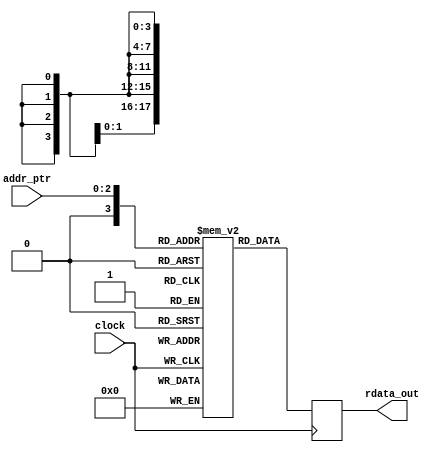
// (C) 2001-2018 Intel Corporation. All rights reserved.
// Your use of Intel Corporation's design tools, logic functions and other 
// software and tools, and its AMPP partner logic functions, and any output 
// files from any of the foregoing (including device programming or simulation 
// files), and any associated documentation or information are expressly subject 
// to the terms and conditions of the Intel Program License Subscription 
// Agreement, Intel FPGA IP License Agreement, or other applicable 
// license agreement, including, without limitation, that your use is for the 
// sole purpose of programming logic devices manufactured by Intel and sold by 
// Intel or its authorized distributors.  Please refer to the applicable 
// agreement for further details.


// 
// This ROM stores the address offset and bitmask for GXB RX that needs reconfig
//
// addr_ofst - the address offset that needs reconfig
// field_bitmask - the bit that needs reconfig (eg. 8'h40 means only bit 6 needs reconfig)
//
module mr_rom_rx_dprioaddr_bitmask #(
    parameter ROM_SIZE        = 18, // number of bits per rom address - [17:8] address offset, [7:0] field bitmask   
    parameter TOTAL_ROM_DEPTH = 16, // ROM_DEPTH_FOR_EACH_MIF_RANGE - total attributes that needs reconfig
    parameter ADDR_WIDTH      = 3   // alt_clogb2(7)
) (
    input  wire                  clock,
    input  wire [ADDR_WIDTH-1:0] addr_ptr,
    output wire [ROM_SIZE-1:0]   rdata_out
);

reg  [ROM_SIZE-1:0]   ROM [0:TOTAL_ROM_DEPTH-1];
wire [ROM_SIZE-1:0]   DATAA = {ROM_SIZE{1'b0}};
wire [ADDR_WIDTH-1:0] RADDR;

// **** PERL SCIPT TO GENERATE BEGIN **** //   
initial begin
            // ADDR_OFST, FIELD_BITMASK
    ROM[ 0] <= {10'h132, 8'h05}; // [2] cdr_pll_set_cdr_vco_speed_fix, [0] cdr_pll_set_cdr_vco_speed_fix
    ROM[ 1] <= {10'h134, 8'h40}; // [6] cdr_pll_set_cdr_vco_speed_fix
    ROM[ 2] <= {10'h135, 8'h4F}; // [6] cdr_pll_set_cdr_vco_speed_fix, [3:2] cdr_pll_lf_resistor_pd, [1:0] cdr_pll_lf_resistor_pfd
    ROM[ 3] <= {10'h136, 8'h0F}; // [3:0] cdr_pll_set_cdr_vco_speed_fix
    ROM[ 4] <= {10'h137, 8'h7C}; // [6:2] cdr_pll_set_cdr_vco_speed
    ROM[ 5] <= {10'h139, 8'h87}; // [7] cdr_pll_pd_fastlock_mode, [2:0] cdr_pll_chgpmp_current_pfd
    ROM[ 6] <= {10'h13A, 8'hFF}; // [7:6] cdr_pll_fref_clklow_div, [5:3] cdr_pll_pd_l_counter, [2:0] cdr_pll_pfd_l_counter
    ROM[ 7] <= {10'h13B, 8'hFF}; // [7:0] cdr_pll_m_counter
    ROM[ 8] <= {10'h13C, 8'h0C}; // [3:2] cdr_pll_n_counter
    ROM[ 9] <= {10'h033, 8'h0F}; // Backup: {10'h04C, 8'h70}; 
    ROM[10] <= {10'h038, 8'hFF};
    ROM[11] <= {10'h037, 8'hFF};
    ROM[12] <= {10'h036, 8'h0F};
    // Set the rest to all zeros
    ROM[13] <= {10'h000, 8'h00};
    ROM[14] <= {10'h000, 8'h00};
    ROM[15] <= {10'h000, 8'h00};   
end
// **** PERL SCIPT TO GENERATE END ****** //

// write is unused
wire [ADDR_WIDTH-1:0] ADDRA = {ADDR_WIDTH{1'b0}}; 
wire                  WEA   = 1'b0; 
always @ (posedge clock)
begin
    if (WEA) begin
        ROM[ADDRA] <= DATAA;
    end
end
   
assign RADDR = addr_ptr;
   
reg [ROM_SIZE-1:0] RDATA;
always @ (posedge clock)
begin
     RDATA <= ROM[RADDR];
end

assign rdata_out = RDATA;

endmodule